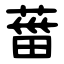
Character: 葘